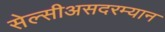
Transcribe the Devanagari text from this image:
सेल्सीअसदरम्यान